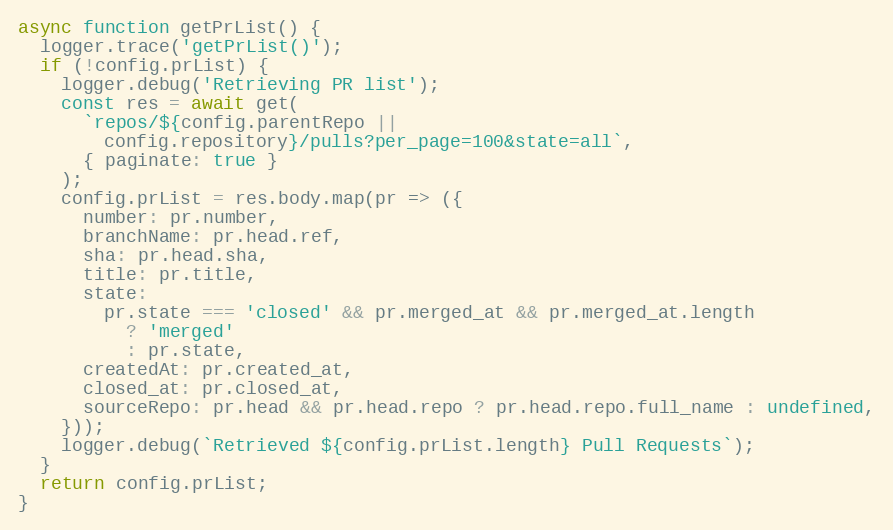
Language: JavaScript
async function getPrList() {
  logger.trace('getPrList()');
  if (!config.prList) {
    logger.debug('Retrieving PR list');
    const res = await get(
      `repos/${config.parentRepo ||
        config.repository}/pulls?per_page=100&state=all`,
      { paginate: true }
    );
    config.prList = res.body.map(pr => ({
      number: pr.number,
      branchName: pr.head.ref,
      sha: pr.head.sha,
      title: pr.title,
      state:
        pr.state === 'closed' && pr.merged_at && pr.merged_at.length
          ? 'merged'
          : pr.state,
      createdAt: pr.created_at,
      closed_at: pr.closed_at,
      sourceRepo: pr.head && pr.head.repo ? pr.head.repo.full_name : undefined,
    }));
    logger.debug(`Retrieved ${config.prList.length} Pull Requests`);
  }
  return config.prList;
}